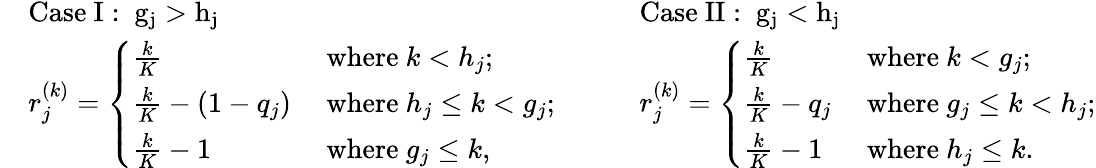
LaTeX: \begin{array}{rl}&{\mathrm{Case~I:~g_j>h_j~}}\\ &{r_{j}^{(k)}=\left\{ \begin{array}{ll}{\frac{k}{K}}&{\mathrm{~where~}k<h_{j};}\\ {\frac{k}{K}-(1-q_{j})}&{\mathrm{~where~}h_{j}\leq k<g_{j};}\\ {\frac{k}{K}-1}&{\mathrm{~where~}g_{j}\leq k,}\end{array}\right.}\end{array}\quad\quad\begin{array}{rl}&{\mathrm{Case~II:~g_j<h_j~}}\\ &{r_{j}^{(k)}=\left\{ \begin{array}{ll}{\frac{k}{K}}&{\mathrm{~where~}k<g_{j};}\\ {\frac{k}{K}-q_{j}}&{\mathrm{~where~}g_{j}\leq k<h_{j};}\\ {\frac{k}{K}-1}&{\mathrm{~where~}h_{j}\leq k.}\end{array}\right.}\end{array}